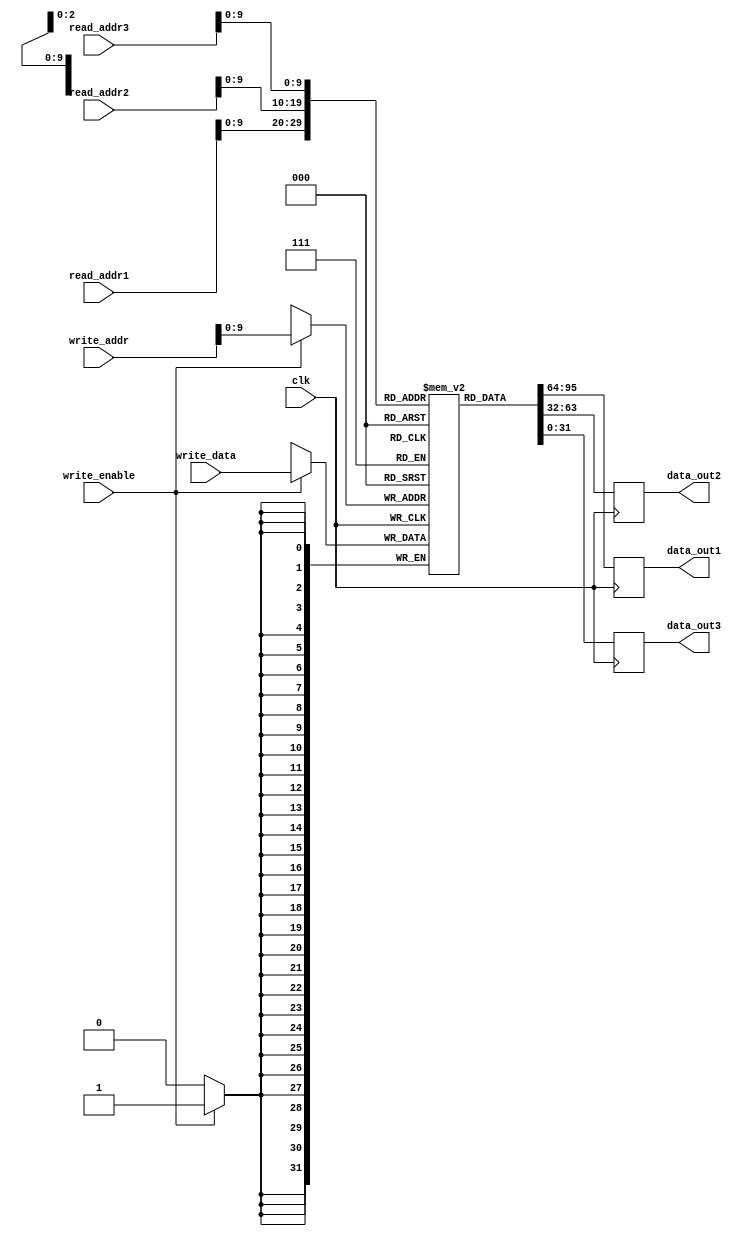
module register_file(
    input wire clk,
    input wire [31:0] read_addr1,
    input wire [31:0] read_addr2,
    input wire [31:0] read_addr3,
    output reg [31:0] data_out1,
    output reg [31:0] data_out2,
    output reg [31:0] data_out3,
    input wire [31:0] write_addr,
    input wire [31:0] write_data,
    input wire write_enable
);

reg [31:0] mem[0:1023];

always @(posedge clk) begin
    if(write_enable) begin
        mem[write_addr] <= write_data;
    end
    data_out1 <= mem[read_addr1];
    data_out2 <= mem[read_addr2];
    data_out3 <= mem[read_addr3];
end

endmodule